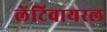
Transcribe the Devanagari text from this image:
लेंटिवायरल